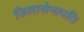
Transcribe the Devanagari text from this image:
जिलासेनापति